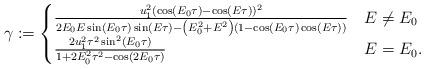
LaTeX: \begin{align*}\gamma:=\begin{cases} \frac{ u_1^2(\cos (E_0\tau)-\cos (E \tau ))^2}{2 E_0 E\sin (E_0 \tau ) \sin (E \tau )-\left(E_0^2+E^2\right) (1-\cos (E_0 \tau ) \cos (E \tau))} & E\neq E_0\\ \frac{2u_1^2\tau^2 \sin^2(E_0 \tau)}{1 + 2 E_0^2 \tau^2 - \cos(2 E_0 \tau)} & E=E_0. \end{cases}\end{align*}